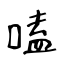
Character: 嗑